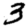
Digit: 3